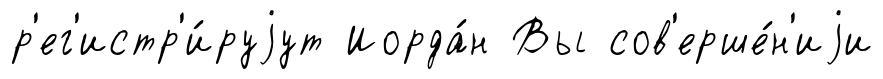
р'ег'истр'и́руjут Иорда́н Вы сов'ерше́н'иjи